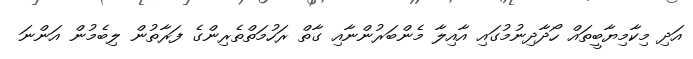
އަދި މިކާމިޔާބީތައް ހޯދާދިނުމުގައި އާއިލާ މެންބަރުންނާއި ގާތް ރަހުމަތްތެރިންގެ ފަރާތުން ލިބެމުން އަންނަ